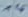
Text: 14